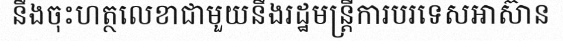
នឹងចុះហត្ថលេខាជាមួយនឹងរដ្ឋមន្ត្រីការបរទេសអាស៊ាន